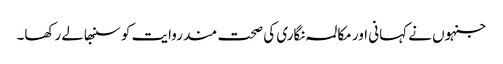
جنہوں نے کہانی اور مکالمہ نگاری کی صحت مند روایت کو سنبھالے رکھا۔